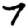
Digit: 7